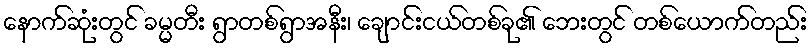
နောက်ဆုံးတွင် ခမ္မတီး ရွာတစ်ရွာအနီး၊ ချောင်းငယ်တစ်ခု၏ ဘေးတွင် တစ်ယောက်တည်း